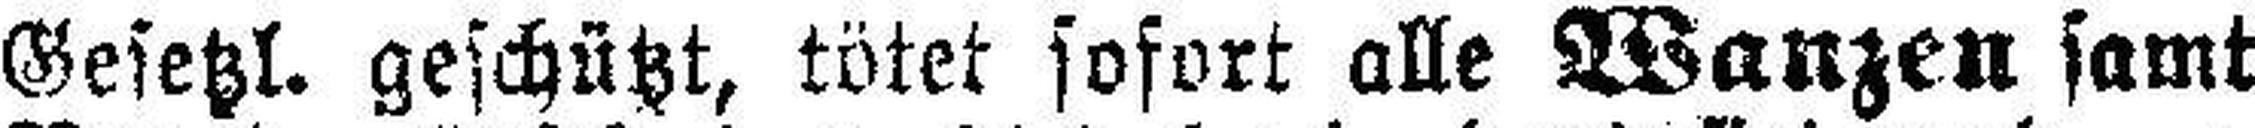
Gesetzl. geschützt, tötet sofort alle Wanzen samt